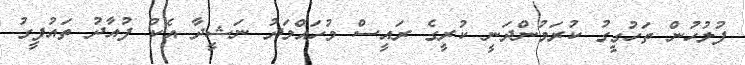
ފުލުހުން ތަހުގީގު ކުރަމުންދަނީ ކުރީގެ ރައީސް މުހައްމަދު ނަޝީދާ އެކު ފުއާދު ތައުފީގު